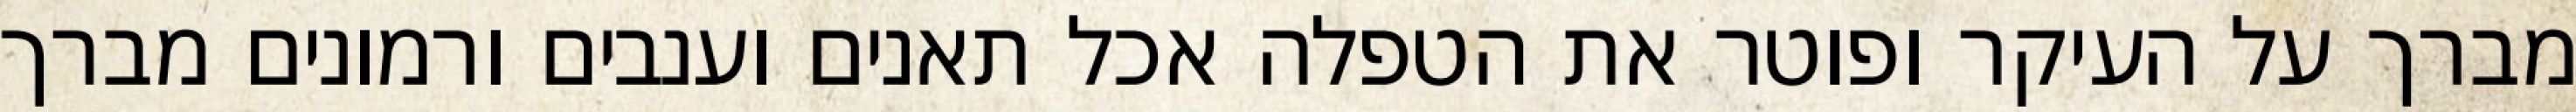
מברך על העיקר ופוטר את הטפלה אכל תאנים וענבים ורמונים מברך